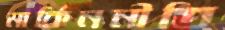
মার্কিননীতি